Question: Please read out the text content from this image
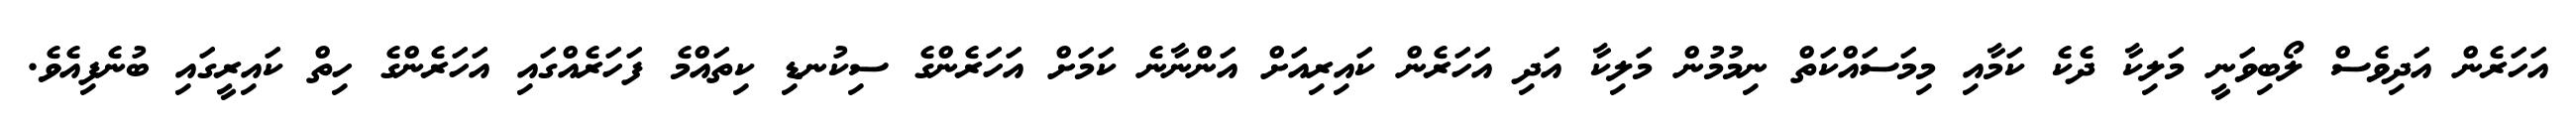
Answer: އަހަރެން އަދިވެސް ލޯބިވަނީ މަލިކާ ދެކެ ކަމާއި މިމަސައްކަތް ނިމުމުން މަލިކާ އަދި އަހަރެން ކައިރިއަށް އަންނާނެ ކަމަށް އަހަރެންގެ ސިކުނޑި ކިތައްމެ ފަހަރެއްގައި އަހަރެންގެ ހިތް ކައިރީގައި ބުނެފިއެވެ.